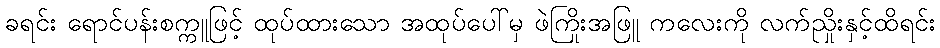
ခရင်း ရောင်ပန်းစက္ကူဖြင့် ထုပ်ထားသော အထုပ်ပေါ်မှ ဖဲကြိုးအဖြူ ကလေးကို လက်ညှိုးနှင့်ထိရင်း